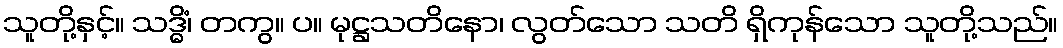
သူတို့နှင့်။ သဒ္ဓိံ၊ တကွ။ ပ။ မုဋ္ဌသတိနော၊ လွတ်သော သတိ ရှိကုန်သော သူတို့သည်။